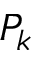
P _ { k }